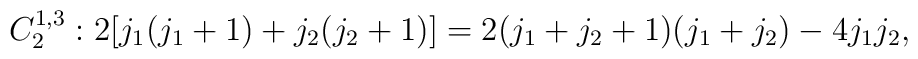
C_2^{1,3} : 2[j_1(j_1+1)+j_2(j_2+1)]=2(j_1+j_2+1)(j_1+j_2)-4j_1j_2,